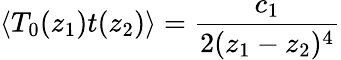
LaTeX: \langle T_{0}(z_{1})t(z_{2})\rangle=\frac{c_{1}}{2(z_{1}-z_{2})^{4}}